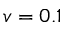
v = 0 . 1